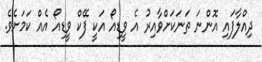
ދިއްލާފައި އޮންނަ ތަނަކަށްވާއިރު އެ ވީޑިއޯ އަކީ ފޭކް ވީޑިއޯ އެއް ކަމަށެވެ.